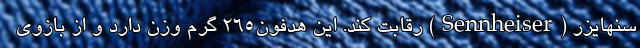
سنهایزر (Sennheiser) رقابت کند. این هدفون265 گرم وزن دارد و از بازوی